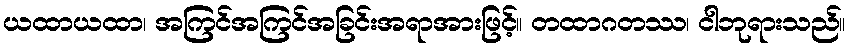
ယထာယထာ၊ အကြင်အကြင်အခြင်းအရာအားဖြင့်။ တထာဂတဿ၊ ငါဘုရားသည်။